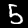
Digit: 5